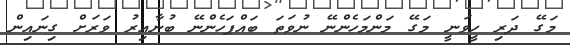
މަގޭ ދަރި ހީވަނީ މަގޭ މަންމަހެންނޭ ނުވަތަ ބައްޕަހެންނޭ ބުނާއިރު ވަރަށް ގިނައިން